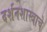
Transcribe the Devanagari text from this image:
दर्शनशास्त्राचे